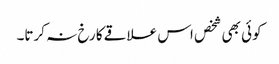
کوئی بھی شخص اس علاقے کا رخ نہ کرتا۔